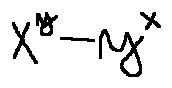
x ^ { y } - y ^ { x }